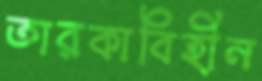
তারকাবিহীন